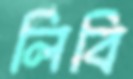
লিবি